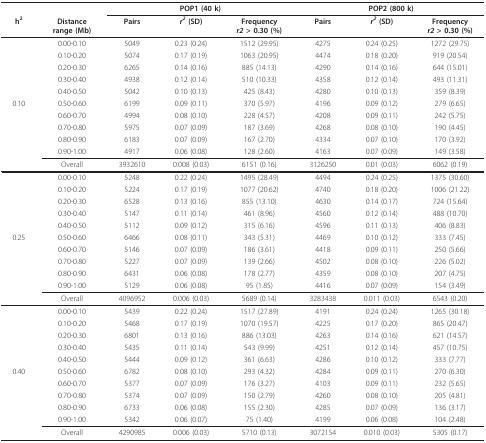
<table><thead><tr><td></td><td></td><td colspan="3"><b>POP1 (40 k)</b></td><td colspan="3"><b>POP2 (800 k)</b></td></tr><tr><td><b>h<sup>2</sup></b></td><td><b>Distancerange (Mb)</b></td><td><b>Pairs</b></td><td><b><i>r<sup>2 </sup></i>(SD)</b></td><td><b>Frequency<i>r2 </i>&gt; 0.30 (%)</b></td><td><b>Pairs</b></td><td><b><i>r<sup>2 </sup></i>(SD)</b></td><td><b>Frequency<i>r2 </i>&gt; 0.30 (%)</b></td></tr></thead><tbody><tr><td></td><td>0.00-0.10</td><td>5049</td><td>0.23 (0.24)</td><td>1512 (29.95)</td><td>4275</td><td>0.24 (0.25)</td><td>1272 (29.75)</td></tr><tr><td></td><td>0.10-0.20</td><td>5074</td><td>0.17 (0.19)</td><td>1063 (20.95)</td><td>4474</td><td>0.18 (0.20)</td><td>919 (20.54)</td></tr><tr><td></td><td>0.20-0.30</td><td>6265</td><td>0.14 (0.16)</td><td>885 (14.13)</td><td>4290</td><td>0.14 (0.16)</td><td>644 (15.01)</td></tr><tr><td></td><td>0.30-0.40</td><td>4938</td><td>0.12 (0.14)</td><td>510 (10.33)</td><td>4358</td><td>0.12 (0.14)</td><td>493 (11.31)</td></tr><tr><td></td><td>0.40-0.50</td><td>5042</td><td>0.10 (0.13)</td><td>425 (8.43)</td><td>4280</td><td>0.10 (0.13)</td><td>359 (8.39)</td></tr><tr><td>0.10</td><td>0.50-0.60</td><td>6199</td><td>0.09 (0.11)</td><td>370 (5.97)</td><td>4196</td><td>0.09 (0.12)</td><td>279 (6.65)</td></tr><tr><td></td><td>0.60-0.70</td><td>4994</td><td>0.08 (0.10)</td><td>228 (4.57)</td><td>4208</td><td>0.09 (0.11)</td><td>242 (5.75)</td></tr><tr><td></td><td>0.70-0.80</td><td>5975</td><td>0.07 (0.09)</td><td>187 (3.69)</td><td>4268</td><td>0.08 (0.10)</td><td>190 (4.45)</td></tr><tr><td></td><td>0.80-0.90</td><td>6183</td><td>0.07 (0.09)</td><td>167 (2.70)</td><td>4334</td><td>0.07 (0.10)</td><td>170 (3.92)</td></tr><tr><td></td><td>0.90-1.00</td><td>4917</td><td>0.06 (0.08)</td><td>128 (2.60)</td><td>4163</td><td>0.07 (0.09)</td><td>149 (3.58)</td></tr><tr><td></td><td>Overall</td><td>3932610</td><td>0.008 (0.03)</td><td>6151 (0.16)</td><td>3126250</td><td>0.01 (0.03)</td><td>6062 (0.19)</td></tr><tr><td></td><td>0.00-0.10</td><td>5248</td><td>0.22 (0.24)</td><td>1495 (28.49)</td><td>4494</td><td>0.24 (0.25)</td><td>1375 (30.60)</td></tr><tr><td></td><td>0.10-0.20</td><td>5224</td><td>0.17 (0.19)</td><td>1077 (20.62)</td><td>4740</td><td>0.18 (0.20)</td><td>1006 (21.22)</td></tr><tr><td></td><td>0.20-0.30</td><td>6528</td><td>0.13 (0.16)</td><td>855 (13.10)</td><td>4630</td><td>0.14 (0.17)</td><td>724 (15.64)</td></tr><tr><td></td><td>0.30-0.40</td><td>5147</td><td>0.11 (0.14)</td><td>461 (8.96)</td><td>4560</td><td>0.12 (0.14)</td><td>488 (10.70)</td></tr><tr><td></td><td>0.40-0.50</td><td>5112</td><td>0.09 (0.12)</td><td>315 (6.16)</td><td>4596</td><td>0.11 (0.13)</td><td>406 (8.83)</td></tr><tr><td>0.25</td><td>0.50-0.60</td><td>6466</td><td>0.08 (0.11)</td><td>343 (5.31)</td><td>4469</td><td>0.10 (0.12)</td><td>333 (7.45)</td></tr><tr><td></td><td>0.60-0.70</td><td>5146</td><td>0.07 (0.09)</td><td>186 (3.61)</td><td>4418</td><td>0.09 (0.11)</td><td>250 (5.66)</td></tr><tr><td></td><td>0.70-0.80</td><td>5227</td><td>0.07 (0.09)</td><td>139 (2.66)</td><td>4502</td><td>0.08 (0.10)</td><td>226 (5.02)</td></tr><tr><td></td><td>0.80-0.90</td><td>6431</td><td>0.06 (0.08)</td><td>178 (2.77)</td><td>4359</td><td>0.08 (0.10)</td><td>207 (4.75)</td></tr><tr><td></td><td>0.90-1.00</td><td>5129</td><td>0.06 (0.08)</td><td>95 (1.85)</td><td>4416</td><td>0.07 (0.09)</td><td>154 (3.49)</td></tr><tr><td></td><td>Overall</td><td>4096952</td><td>0.006 (0.03)</td><td>5689 (0.14)</td><td>3283438</td><td>0.011 (0.03)</td><td>6543 (0.20)</td></tr><tr><td></td><td>0.00-0.10</td><td>5439</td><td>0.22 (0.24)</td><td>1517 (27.89)</td><td>4191</td><td>0.24 (0.24)</td><td>1265 (30.18)</td></tr><tr><td></td><td>0.10-0.20</td><td>5468</td><td>0.17 (0.19)</td><td>1070 (19.57)</td><td>4225</td><td>0.17 (0.20)</td><td>865 (20.47)</td></tr><tr><td></td><td>0.20-0.30</td><td>6801</td><td>0.13 (0.16)</td><td>886 (13.03)</td><td>4263</td><td>0.14 (0.16)</td><td>621 (14.57)</td></tr><tr><td></td><td>0.30-0.40</td><td>5435</td><td>0.11 (0.14)</td><td>543 (9.99)</td><td>4251</td><td>0.12 (0.14)</td><td>457 (10.75)</td></tr><tr><td></td><td>0.40-0.50</td><td>5444</td><td>0.09 (0.12)</td><td>361 (6.63)</td><td>4286</td><td>0.10 (0.12)</td><td>333 (7.77)</td></tr><tr><td>0.40</td><td>0.50-0.60</td><td>6782</td><td>0.08 (0.10)</td><td>293 (4.32)</td><td>4284</td><td>0.09 (0.11)</td><td>270 (6.30)</td></tr><tr><td></td><td>0.60-0.70</td><td>5377</td><td>0.07 (0.09)</td><td>176 (3.27)</td><td>4103</td><td>0.09 (0.11)</td><td>232 (5.65)</td></tr><tr><td></td><td>0.70-0.80</td><td>5374</td><td>0.07 (0.09)</td><td>150 (2.79)</td><td>4260</td><td>0.08 (0.10)</td><td>205 (4.81)</td></tr><tr><td></td><td>0.80-0.90</td><td>6733</td><td>0.06 (0.08)</td><td>155 (2.30)</td><td>4285</td><td>0.07 (0.09)</td><td>136 (3.17)</td></tr><tr><td></td><td>0.90-1.00</td><td>5342</td><td>0.06 (0.07)</td><td>75 (1.40)</td><td>4199</td><td>0.06 (0.08)</td><td>104 (2.48)</td></tr><tr><td></td><td>Overall</td><td>4290985</td><td>0.006 (0.03)</td><td>5710 (0.13)</td><td>3072154</td><td>0.010 (0.03)</td><td>5305 (0.17)</td></tr></tbody></table>